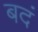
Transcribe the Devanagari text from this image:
बदं